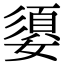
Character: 嬃